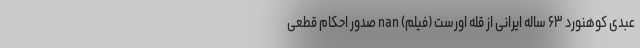
عبدی کوهنورد ۶۳ ساله ایرانی از قله اورست (فیلم) nan صدور احکام قطعی